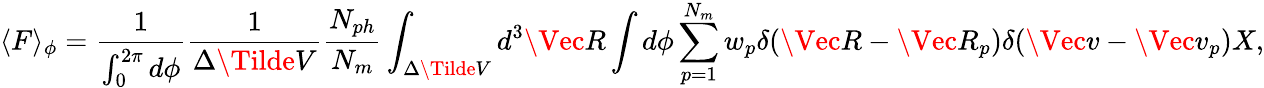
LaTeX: \langle F\rangle_{\phi}=\frac{1}{\int_{0}^{2\pi}d\phi}\frac{1}{\Delta\Tilde{V}}\frac{N_{ph}}{N_{m}}\int_{\Delta\Tilde{V}}d^{3}\Vec{R}\int d\phi\sum_{p=1}^{N_{m}}w_{p}\delta(\Vec{R}-\Vec{R}_{p})\delta(\Vec{v}-\Vec{v}_{p})X,